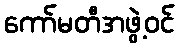
ကော်မတီအဖွဲ့ဝင်